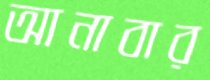
আনাবার